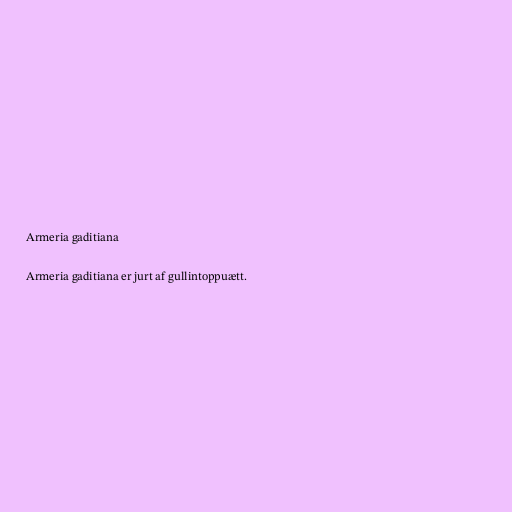
Armeria gaditiana

Armeria gaditiana er jurt af gullintoppuætt.